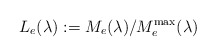
\begin{align*}L_e(\lambda):=M_e(\lambda)/M_e^{\rm max}(\lambda)\end{align*}